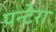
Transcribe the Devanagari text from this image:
पन्टेरा